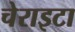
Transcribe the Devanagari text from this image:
चेराइटा